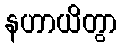
နဟာယိတွာ